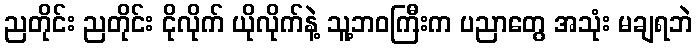
ညတိုင်း ညတိုင်း ငိုလိုက် ယိုလိုက်နဲ့ သူ့ဘဝကြီးက ပညာတွေ အသုံး မချရဘဲ